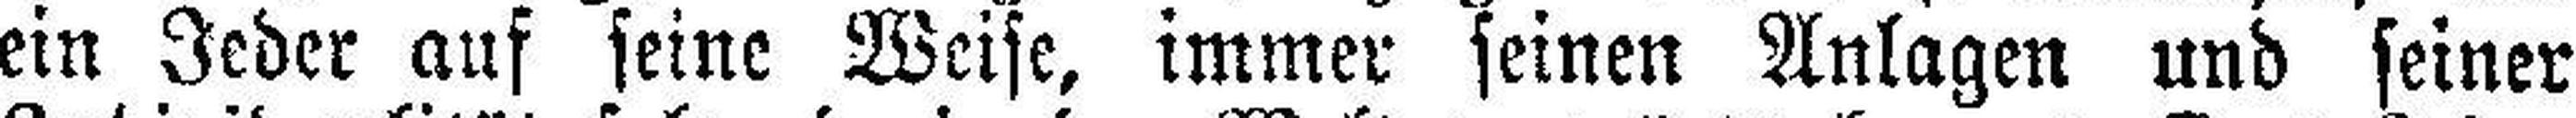
ein Jeder auf seine Weise, immer seinen Anlagen und seiner